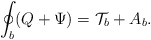
\begin{align*}\oint_{b} (Q+\Psi) = {\cal T}_{b} + A_{b}.\end{align*}